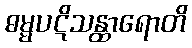
ဓမ္မပဋိသန္ထာရောတိ